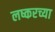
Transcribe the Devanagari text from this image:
लष्करच्या